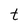
Character: t